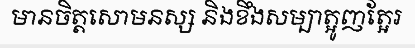
មានចិត្តសោមនស្ស និងខឹងសម្បាត្អូញត្អែរ